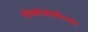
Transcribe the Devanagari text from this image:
घोड्यांसाठीच्या